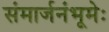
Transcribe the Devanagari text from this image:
संमार्जनंभूमेः